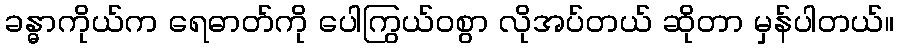
ခန္ဓာကိုယ်က ရေဓာတ်ကို ပေါကြွယ်ဝစွာ လိုအပ်တယ် ဆိုတာ မှန်ပါတယ်။